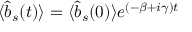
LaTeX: \langle { \hat { b } } _ { s } ( t ) \rangle = \langle { \hat { b } } _ { s } ( 0 ) \rangle e ^ { ( - \beta + i \gamma ) t }